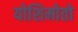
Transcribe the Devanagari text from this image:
योशिमोतो